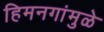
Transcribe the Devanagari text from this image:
हिमनगांमुळे